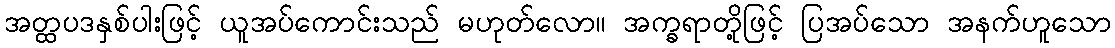
အတ္ထပဒနှစ်ပါးဖြင့် ယူအပ်ကောင်းသည် မဟုတ်လော။ အက္ခရာတို့ဖြင့် ပြအပ်သော အနက်ဟူသော